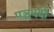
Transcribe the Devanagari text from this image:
पञ्चपदी